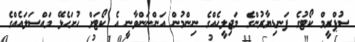
ސުޕްރީމް ކޯޓުގެ ފަނޑިޔާރުންގެ މަޖިލީހެއްގެ ނިންމުން އަންނަންވާނީ އެ ކޯޓަށް ހުށަހެޅޭ މައްސަލައެއްގެ